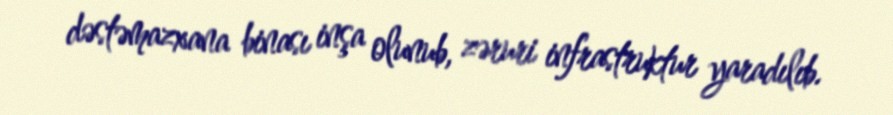
dəstəmazxana binası inşa olunub, zəruri infrastruktur yaradılıb.